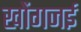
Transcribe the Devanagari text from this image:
खोंगजई